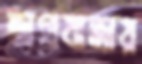
অগ্রযাত্রায়